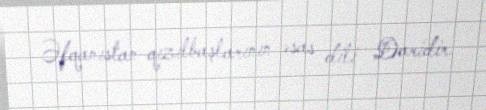
Əfqanıstan qızılbaşlarının əsas dili Daridir.